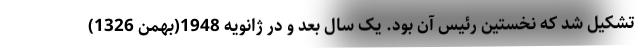
تشکیل شد که نخستین رئیس آن بود. یک سال بعد و در ژانویه 1948(بهمن 1326)